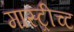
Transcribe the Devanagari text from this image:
मास्ट्रीच्ट